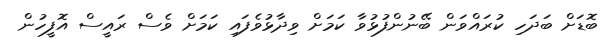
ބޮޑަށް ބަދަހި ކުރައްވަން ބޭނުންފުޅުވާ ކަމަށް ވިދާޅުވެފައި ކަމަށް ވެސް ރައީސް އޮފީހުން